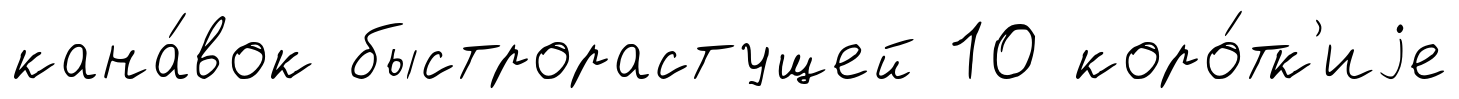
кана́вок быстрорастущей 10 коро́тк'иjе